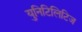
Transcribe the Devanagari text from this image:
युनिटिलिटिज